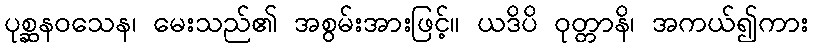
ပုစ္ဆနဝသေန၊ မေးသည်၏ အစွမ်းအားဖြင့်။ ယဒိပိ ဝုတ္တာနိ၊ အကယ်၍ကား